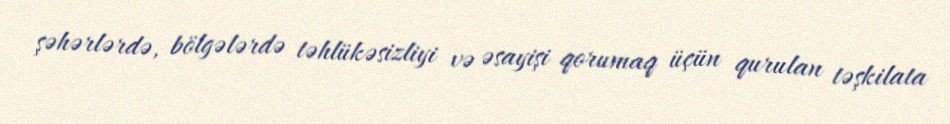
şəhərlərdə, bölgələrdə təhlükəsizliyi və əsayişi qorumaq üçün qurulan təşkilata